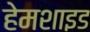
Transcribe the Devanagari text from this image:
हेमशाइड